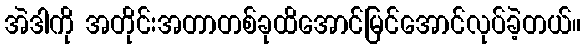
အဲဒါကို အတိုင်းအတာတစ်ခုထိအောင်မြင်အောင်လုပ်ခဲ့တယ်။